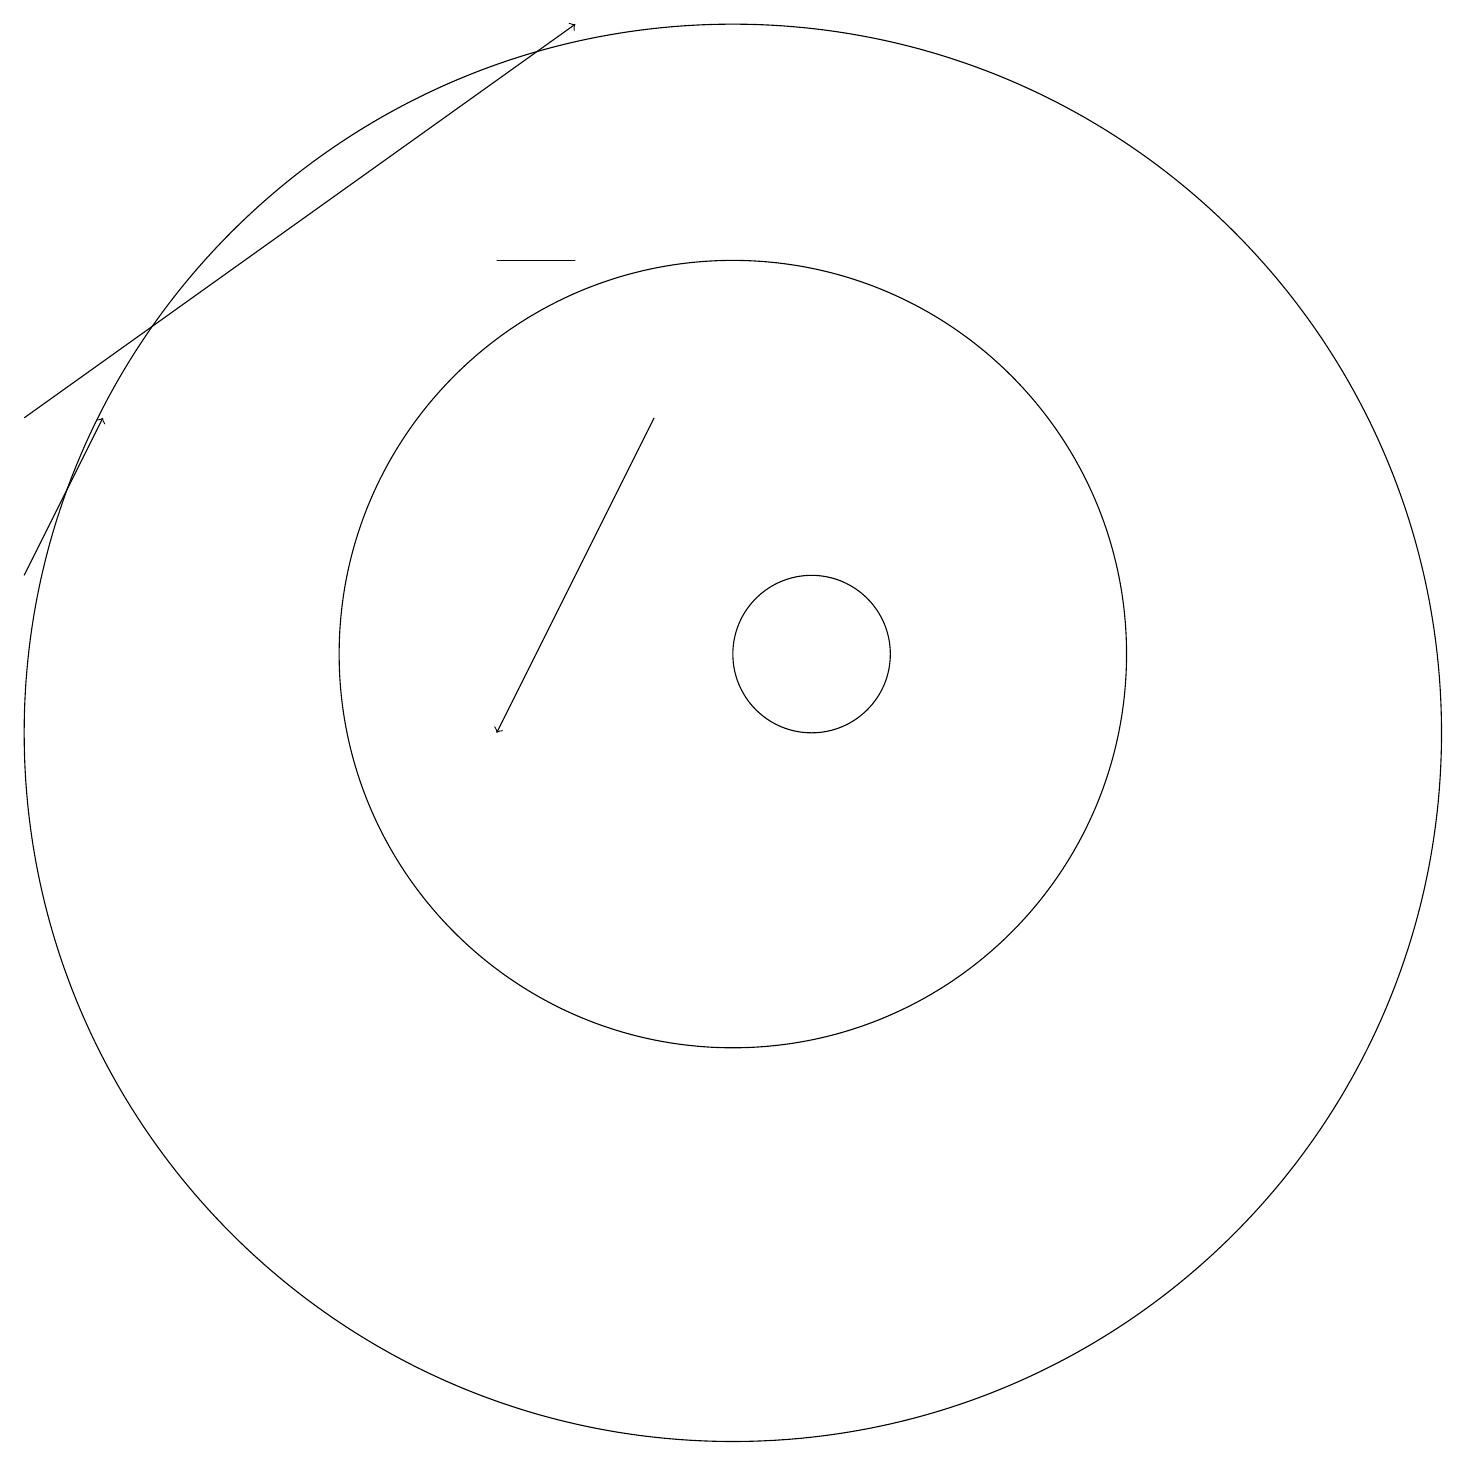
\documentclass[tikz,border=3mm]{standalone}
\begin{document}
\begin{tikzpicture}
\draw[->] (1,14) -- (8,19);
\draw (8,16) rectangle (7,16);
\draw[->] (1,12) -- (2,14);
\draw (10,11) circle (5);
\draw (11,11) circle (1);
\draw[->] (9,14) -- (7,10);
\draw (10,10) circle (9);
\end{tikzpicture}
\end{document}